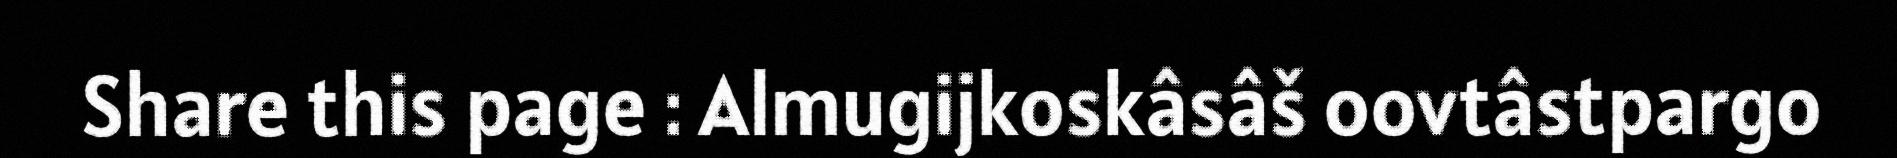
Share this page : Almugijkoskâsâš oovtâstpargo